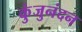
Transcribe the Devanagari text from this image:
कुंजुनंदन